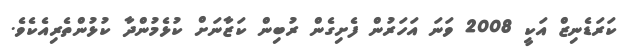
ކަރަޑެނިޒް އަކީ 2008 ވަނަ އަހަރުން ފެށިގެން ރުބިން ކަޒާނަށް ކުޅެމުންދާ ކުޅުންތެރިއެކެވެ.